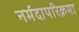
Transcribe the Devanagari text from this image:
नर्मदापरिक्रमा